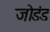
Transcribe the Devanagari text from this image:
जोइंड